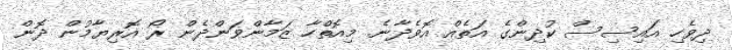
ދިވެހި އައިސިސް ކުދިންގެ އަތެއް އޮވެދާނެ. މިއޮތްހާ ޒަމާންވަންދެން ރޯ އޮރިޔާމުން ދޮން